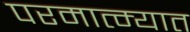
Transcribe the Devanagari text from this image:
परमात्म्यात